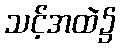
သင့်အထဲ၌